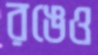
রঙেও